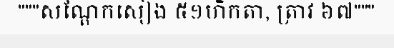
"""សណ្តែកសៀង ៥១ហិកតា, ត្រាវ ៦៧"""